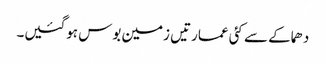
دھماکے سے کئی عمارتیں زمین بوس ہوگئیں۔